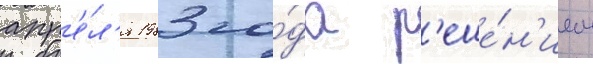
апр'е́л'я 1983 го́да р'еше́н'ием